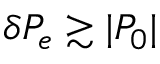
\delta P _ { e } \gtrsim | P _ { 0 } |